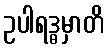
ဥပါရဒ္ဓမှာတိ